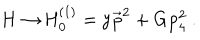
\mathrm { H \to H _ { 0 } ^ { ( 1 ) } = y \vec { p } ^ { 2 } + G p _ { 4 } ^ { 2 } ~ . }